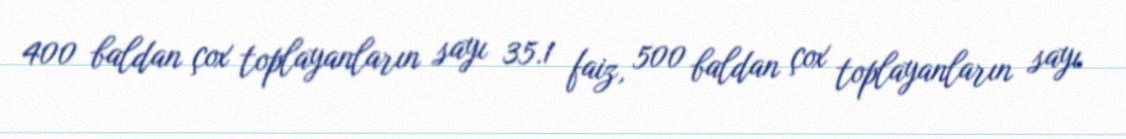
400 baldan çox toplayanların sayı 35.1 faiz, 500 baldan çox toplayanların sayı